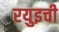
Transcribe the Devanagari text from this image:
रयुइची